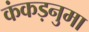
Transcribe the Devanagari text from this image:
कंकड़नुमा